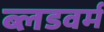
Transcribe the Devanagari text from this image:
ब्लडवर्म